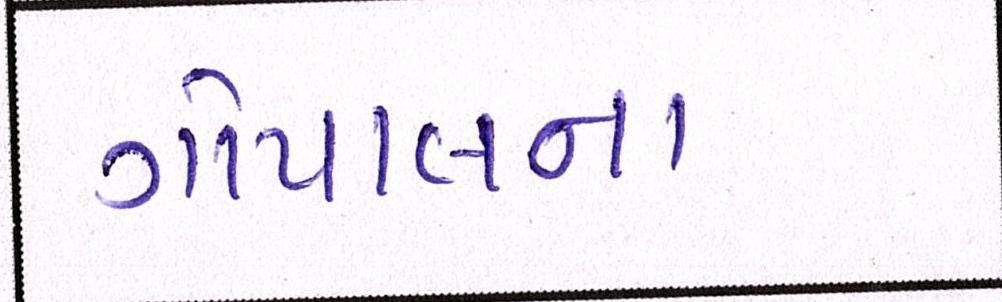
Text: ગોપાલના